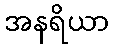
အနရိယာ